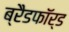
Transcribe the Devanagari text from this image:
ब्रैडफाॅर्ड